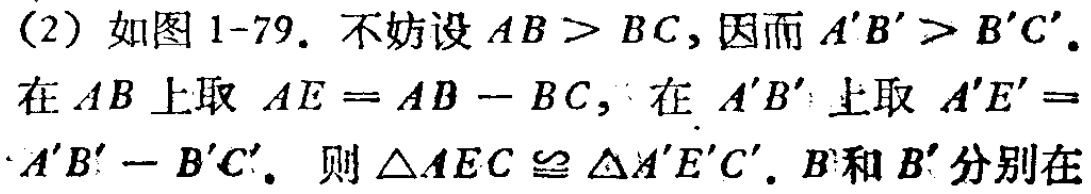
(2) 如图 1-79. 不妨设 \(AB > BC\), 因而 \(A'B' > B'C'\).
在 \(AB\) 上取 \(AE = AB - BC\), 在 \(A'B'\) 上取 \(A'E' =\)
\(A'B' - B'C'\). 则 \(\triangle AEC\cong\triangle A'E'C'\). \(B\)和 \(B'\) 分别在